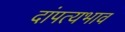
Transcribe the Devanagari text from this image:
दांपत्यभाव